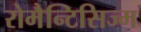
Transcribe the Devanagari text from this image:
रोमैन्टिसिज्म